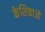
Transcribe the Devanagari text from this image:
केशिकाऔ